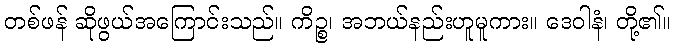
တစ်ဖန် ဆိုဖွယ်အကြောင်းသည်။ ကိဉ္စ၊ အဘယ်နည်းဟူမူကား။ ဒေဝါနံ၊ တို့၏။